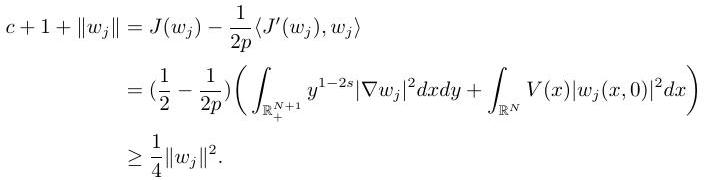
\begin{align*}
c + 1 + \|w_j\| &= J(w_j) - \frac{1}{2p} \langle J'(w_j), w_j \rangle \\
&= (\frac{1}{2} - \frac{1}{2p}) (\int_{\mathbb{R}^{N + 1}} y^{1 - 2s} |\nabla w_j|^2 dxdy + \int_{\mathbb{R}^N} V(x) |w_j(x, 0)|^2 dx) \\
&\geq \frac{1}{4} \|w_j\|^2.
\end{align*}